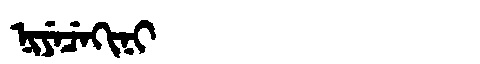
Manchu: ᠨᡳᠶᡝᠴᡝᡴᡳᠨᡳ
Romanization: NIYECEKINI